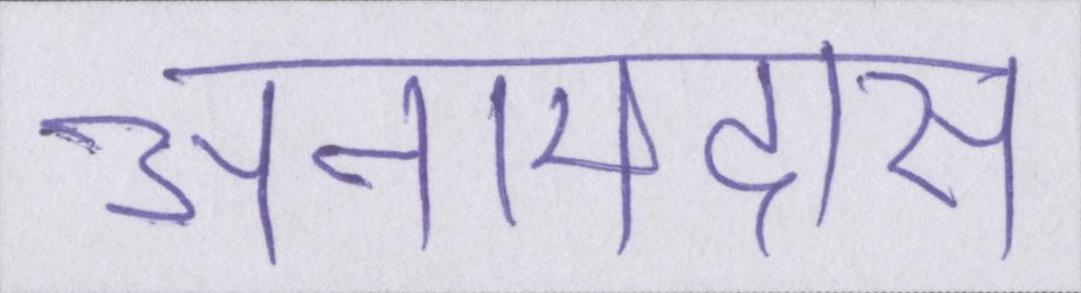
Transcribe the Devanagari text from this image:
अनामदास